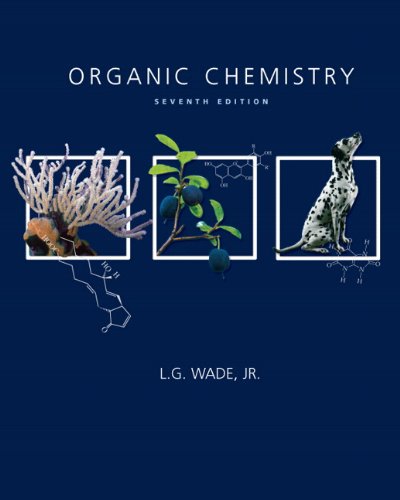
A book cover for Organic Chemistry (7th Edition); L. G. Wade Jr.; Science & Math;